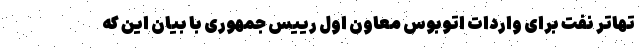
تهاتر نفت برای واردات اتوبوس معاون اول رییس جمهوری با بیان این که